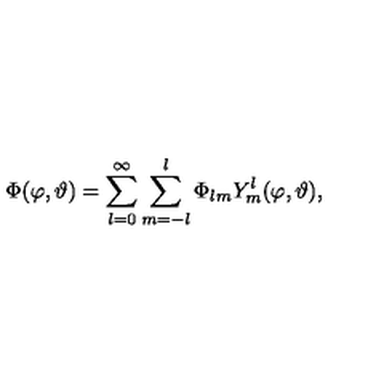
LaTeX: \Phi ( \varphi , \vartheta ) = \sum _ { l = 0 } ^ { \infty } \sum _ { m = - l } ^ { l } \Phi _ { l m } Y _ { m } ^ { l } ( \varphi , \vartheta ) ,